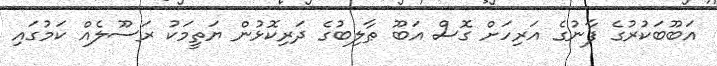
އަބޫބަކުރުގެ ފާނުގެ އަރިހަށް ގޮސް އަބޫ ޠާލިބުގެ ދަރިކޮޅުން ޔަތީމަކު ރަސޫލެއް ކަމުގައި